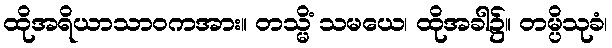
ထိုအရိယာသာဝကအား။ တသ္မိံ သမယေ၊ ထိုအခါ၌။ တမ္ပိသုခံ၊